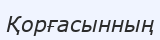
Қорғасынның